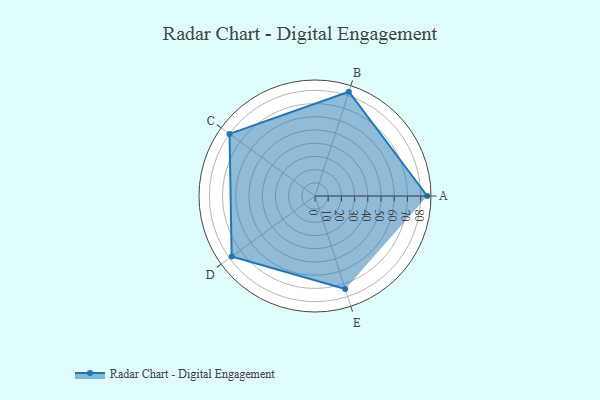
{"axis": {"x": "Skill", "y": "Score"}, "legend": ["Profile"], "data": [{"x": "A", "y": 85.0, "type": "Profile"}, {"x": "B", "y": 83.0, "type": "Profile"}, {"x": "C", "y": 80.0, "type": "Profile"}, {"x": "D", "y": 78.0, "type": "Profile"}, {"x": "E", "y": 74.0, "type": "Profile"}]}